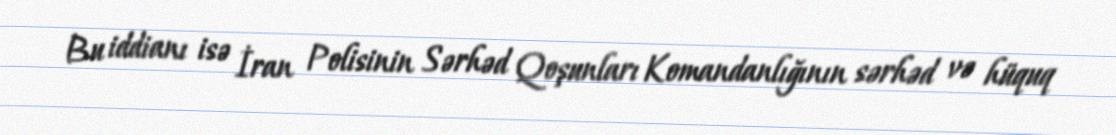
Bu iddianı isə İran Polisinin Sərhəd Qoşunları Komandanlığının sərhəd və hüquq